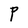
Character: P